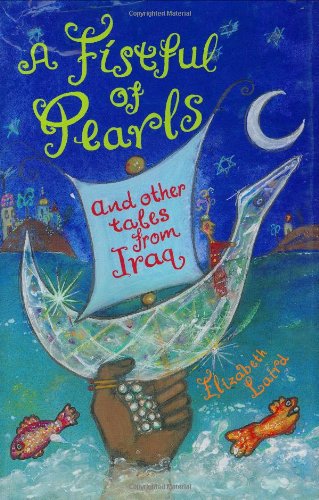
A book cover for A Fistful of Pearls and Other Tales from Iraq (Folktales from Around the World); Elizabeth Laird; Children's Books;